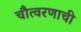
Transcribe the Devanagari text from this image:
चौत्वरणाची